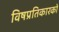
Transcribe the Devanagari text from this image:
विषप्रतिकारकों